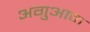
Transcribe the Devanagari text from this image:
अगुआन